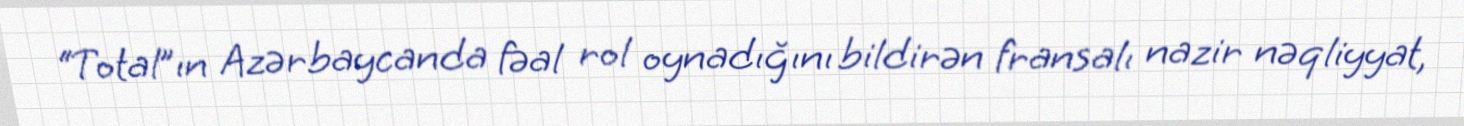
“Total”ın Azərbaycanda fəal rol oynadığını bildirən fransalı nazir nəqliyyat,